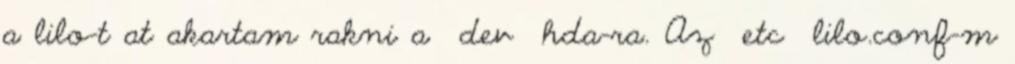
a lilo-t at akartam rakni a dev hda-ra. Az etc lilo.conf-m